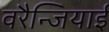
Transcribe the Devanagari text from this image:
वरैन्जियाई